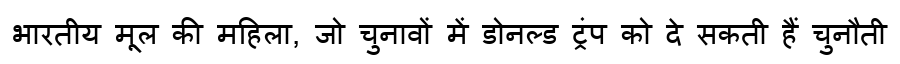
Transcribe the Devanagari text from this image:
भारतीय मूल की महिला, जो चुनावों में डोनल्ड ट्रंप को दे सकती हैं चुनौती